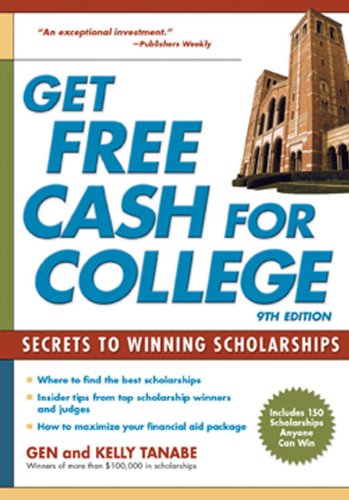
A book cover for Get Free Cash for College: Secrets to Winning Scholarships; Gen Tanabe; Education & Teaching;